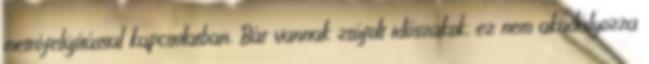
metrófelújítással kapcsolatban. Bár vannak zsúfolt időszakok, ez nem akadályozza